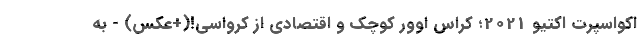
اکواسپرت اکتیو 2021؛ کراس اوور کوچک و اقتصادی از کرواسی!(+عکس) - به